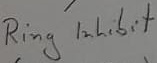
Text: Ring inhibit